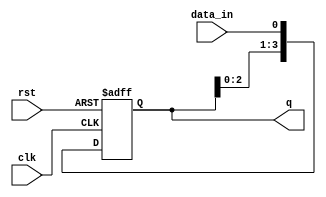
module ShiftRegister (
    input wire clk,           // Clock input
    input wire rst,           // Asynchronous reset
    input wire data_in,       // Serial data input
    output reg [WIDTH-1:0] q  // Parallel data output
);
    parameter WIDTH = 4;      // Width of the shift register

    // Shift register logic
    always @(posedge clk or posedge rst) begin
        if (rst) begin
            q <= 0;            // Clear the register on reset
        end else begin
            q <= {q[WIDTH-2:0], data_in}; // Shift left and input new data
        end
    end
endmodule